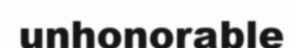
unhonorable